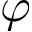
\varphi